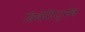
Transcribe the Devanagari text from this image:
बिवेसिजुमेब